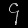
Digit: ၄